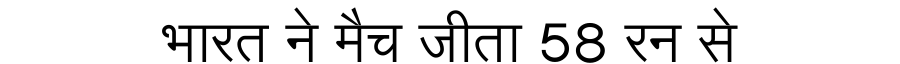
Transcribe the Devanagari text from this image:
भारत ने मैच जीता 58 रन से